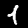
Label: 1